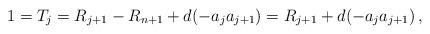
LaTeX: \begin{align*} 1=T_{j}=R_{j+1}-R_{n+1}+d(-a_{j}a_{j+1})=R_{j+1}+d(-a_{j}a_{j+1})\,, \end{align*}